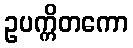
ဥပက္ကိတကော